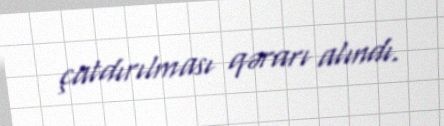
çatdırılması qərarı alındı.